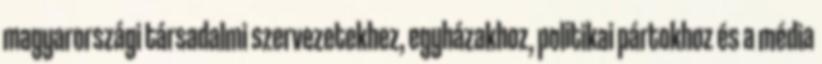
magyarországi társadalmi szervezetekhez, egyházakhoz, politikai pártokhoz és a média